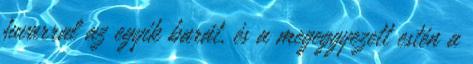
fuvarral az egyik barát, és a megeggyezett estén a